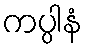
ကပ္ပါနံ